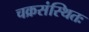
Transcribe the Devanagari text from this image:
चक्रसंस्थितः